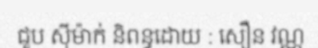
ជួប ស៊ីម៉ាក់ និពន្ធដោយ : សឿន វណ្ណ